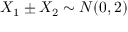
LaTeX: X _ { 1 } \pm X _ { 2 } \sim N ( 0 , 2 )